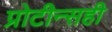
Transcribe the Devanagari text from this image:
प्रोटीन्सही